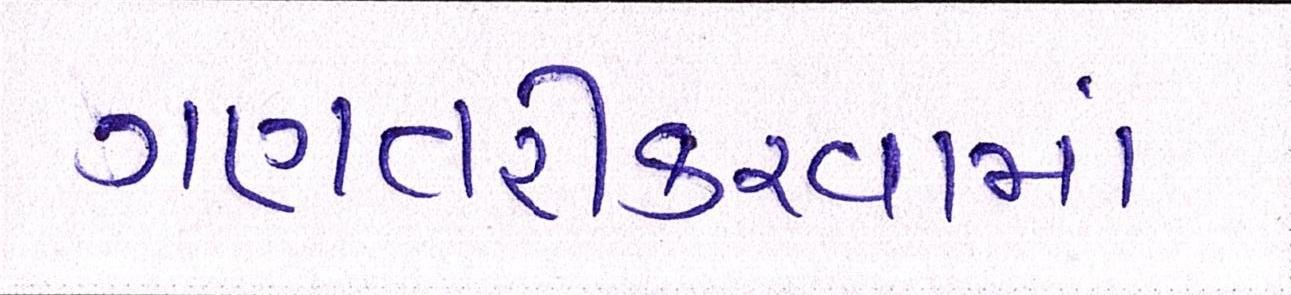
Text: ગણતરીકરવામાં